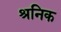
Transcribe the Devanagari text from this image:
श्रनिक